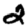
Digit: 2